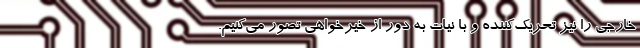
خارجی را نیز تحریک‌کننده و با نیات به دور از خیرخواهی تصور می‌کنیم.